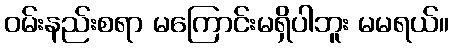
ဝမ်းနည်းစရာ မကြောင်းမရှိပါဘူး မမရယ်။